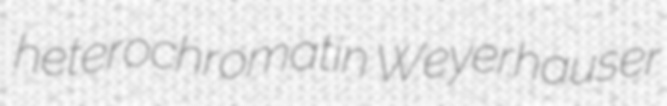
heterochromatin Weyerhauser